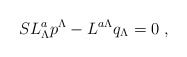
\begin{align*}S L_\Lambda^a p^\Lambda - L^{a\Lambda} q_\Lambda =0\ ,\end{align*}